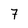
Character: 7